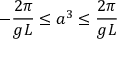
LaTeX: - \frac { 2 \pi } { g L } \leq a ^ { 3 } \leq \frac { 2 \pi } { g L }